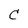
Character: C